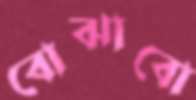
বোঝাবো